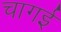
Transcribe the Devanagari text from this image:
चागई